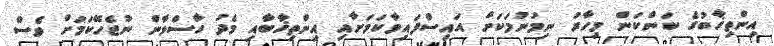
އިންތިޚާބުގެ ކަންކަން މިހާރު ނިމުނުމަކަށް އައިސްފައިވާކަމަށާއި އިންތިޚާބާއި މެދު ހާސްވާން ނުޖެހޭކަމަށް ވެސް